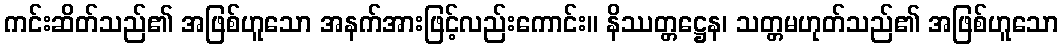
ကင်းဆိတ်သည်၏ အဖြစ်ဟူသော အနက်အားဖြင့်လည်းကောင်း။ နိဿတ္တဋ္ဌေန၊ သတ္တမဟုတ်သည်၏ အဖြစ်ဟူသော